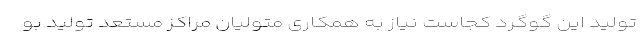
تولید این گوگرد کجاست نیاز به همکاری متولیان مراکز مستعد تولید بو